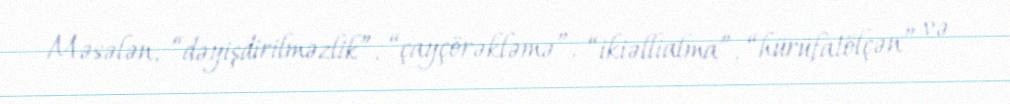
Məsələn, “dəyişdirilməzlik”, “çayçörəkləmə”, “ikiəllialma”, “hürüfatölçən” və